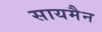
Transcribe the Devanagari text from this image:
सायमैन